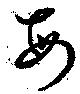
毎